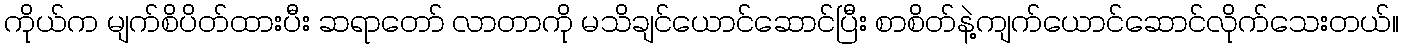
ကိုယ်က မျက်စိပိတ်ထားပီး ဆရာတော် လာတာကို မသိချင်ယောင်ဆောင်ပြီး စာစိတ်နဲ့ကျက်ယောင်ဆောင်လိုက်သေးတယ်။